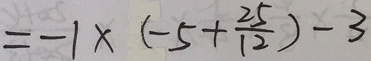
= - 1 \times ( - 5 + \frac { 2 5 } { 1 2 } ) - 3